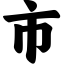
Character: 市